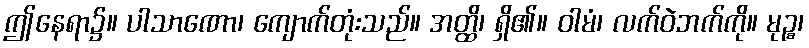
ဤနေရာ၌။ ပါသာဏော၊ ကျောက်တုံးသည်။ အတ္ထိ၊ ရှိ၏။ ဝါမံ၊ လက်ဝဲဘက်ကို။ မုဉ္စ၊